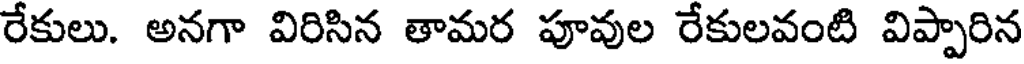
రేకులు. అనగా విరిసిన తామర పూవుల రేకులవంటి విప్పారిన